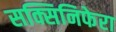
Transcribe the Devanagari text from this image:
सक्सिनिफेरा